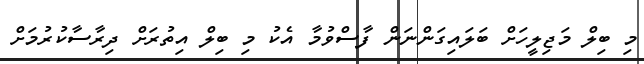
މި ބިލް މަޖިލީހަށް ބަލައިގަންނަން ފާސްވުމާ އެކު މި ބިލް އިތުރަށް ދިރާސާކުރުމަށް